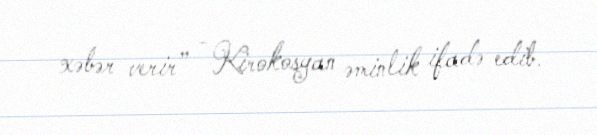
xəbər verir” - Kirokosyan əminlik ifadə edib.